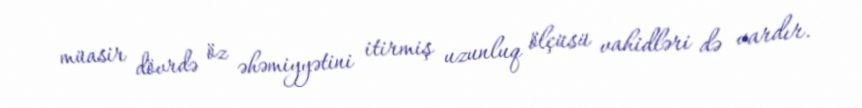
müasir dövrdə öz əhəmiyyətini itirmiş uzunluq ölçüsü vahidləri də vardır.